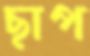
ছাপ